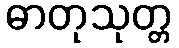
ဓာတုသုတ္တ